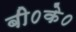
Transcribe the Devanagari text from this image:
बी०के०